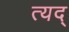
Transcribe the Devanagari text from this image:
त्यद्